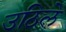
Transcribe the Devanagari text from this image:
उठिले